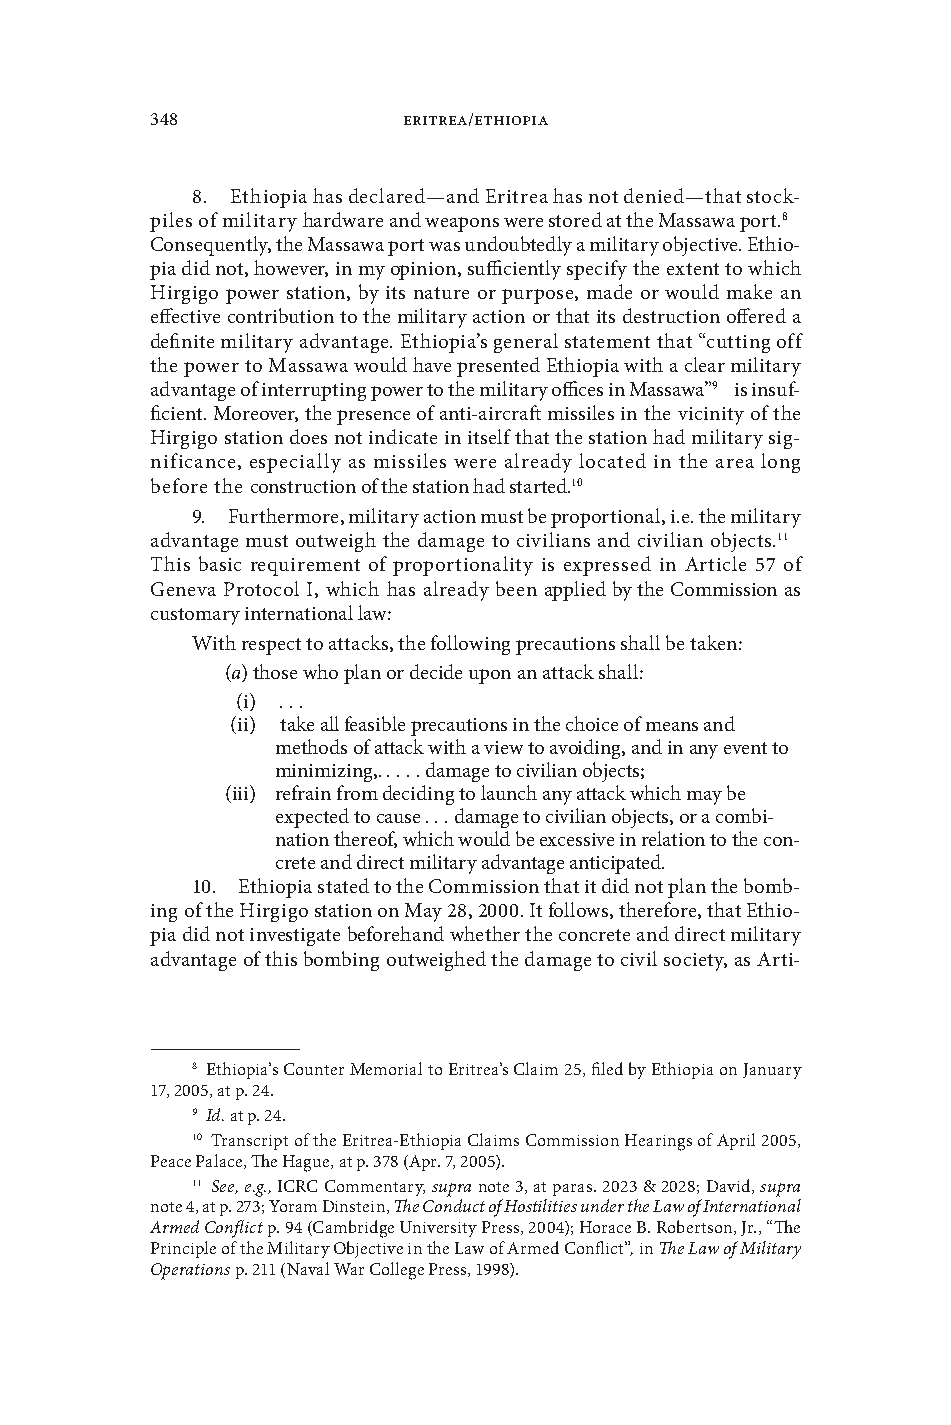
348              Eritrea/Ethiopia
 8 . Ethiopia has declared—and Eritrea has not denied—that stock-
 piles of military hardware and weapons were stored at the Massawa port .843
 Consequently, the Massawa port was undoubtedly a military objectie . Ethio-
 pia did not, howeer, in my opinion, sufficiently specify the extent to which
 Hirgigo power station, by its nature or purpose, made or would make an
 effectie contribution to the military action or that its destruction offered a
 definite military adantage . Ethiopia’s general statement that “cutting off
 the power to Massawa would hae presented Ethiopia with a clear military
 adantage of interrupting power to the military offices in Massawa”944 is insuf-
 ficient . Moreoer, the presence of anti-aircraft missiles in the icinity of the
 Hirgigo station does not indicate in itself that the station had military sig-
 nificance, especially as missiles were already located in the area long
 before the construction of the station had started .1045
 9 . Furthermore, military action must be proportional, i .e . the military
 adantage must outweigh the damage to ciilians and ciilian objects .1146
 This basic requirement of proportionality is expressed in Article 57 of
 Genea Protocol I, which has already been applied by the Commission as
 customary international law:
 With respect to attacks, the following precautions shall be taken:
 (a) those who plan or decide upon an attack shall:
 (i)  .  .  .
 (ii) take all feasible precautions in the choice of means and
 methods of attack with a iew to aoiding, and in any eent to
 minimizing, .  .  .  .  . damage to ciilian objects;
 (iii) refrain from deciding to launch any attack which may be
 expected to cause  .  .  . damage to ciilian objects, or a combi-
 nation thereof, which would be excessie in relation to the con-
 crete and direct military adantage anticipated .
 10 . Ethiopia stated to the Commission that it did not plan the bomb-
 ing of the Hirgigo station on May 28, 2000 . It follows, therefore, that Ethio-
 pia did not inestigate beforehand whether the concrete and direct military
 adantage of this bombing outweighed the damage to ciil society, as Arti-
 8 Ethiopia’s Counter Memorial to Eritrea’s Claim 25, filed by Ethiopia on January
 17, 2005, at p . 24 .
 9 Id. at p . 24 .
 10 Transcript of the Eritrea-Ethiopia Claims Commission Hearings of April 2005,
 Peace Palace, The Hague, at p . 378 (Apr . 7, 2005) .
 11 See, e.g., ICRC Commentary, supra note 3, at paras . 2023 & 2028; Daid, supra
 note 4, at p . 273; Yoram Dinstein, The Conduct of Hostilities under the Law of International
 Armed Conflict p . 94 (Cambridge Uniersity Press, 2004); Horace B . Robertson, Jr ., “The
 Principle of the Military Objectie in the Law of Armed Conflict”, in The Law of Military
 Operations p . 211 (Naal War College Press, 1998) .